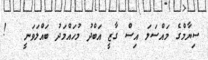
ސިޔާމްގެ މައްސަލަ އިސް ގާޒީ އަބްދު މުހައްމަދު ބައްލަވަނީ   !